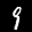
Label: 9